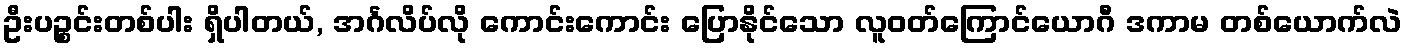
ဦးပဉ္စင်းတစ်ပါး ရှိပါတယ်, အင်္ဂလိပ်လို ကောင်းကောင်း ပြောနိုင်သော လူဝတ်ကြောင်ယောဂီ ဒကာမ တစ်ယောက်လဲ